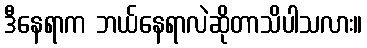
ဒီနေရာက ဘယ်နေရာလဲဆိုတာသိပါသလား။